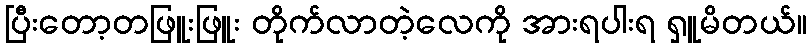
ပြီးတော့တဖြူးဖြူး တိုက်လာတဲ့လေကို အားရပါးရ ရှူမိတယ်။